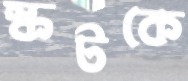
স্কটকে